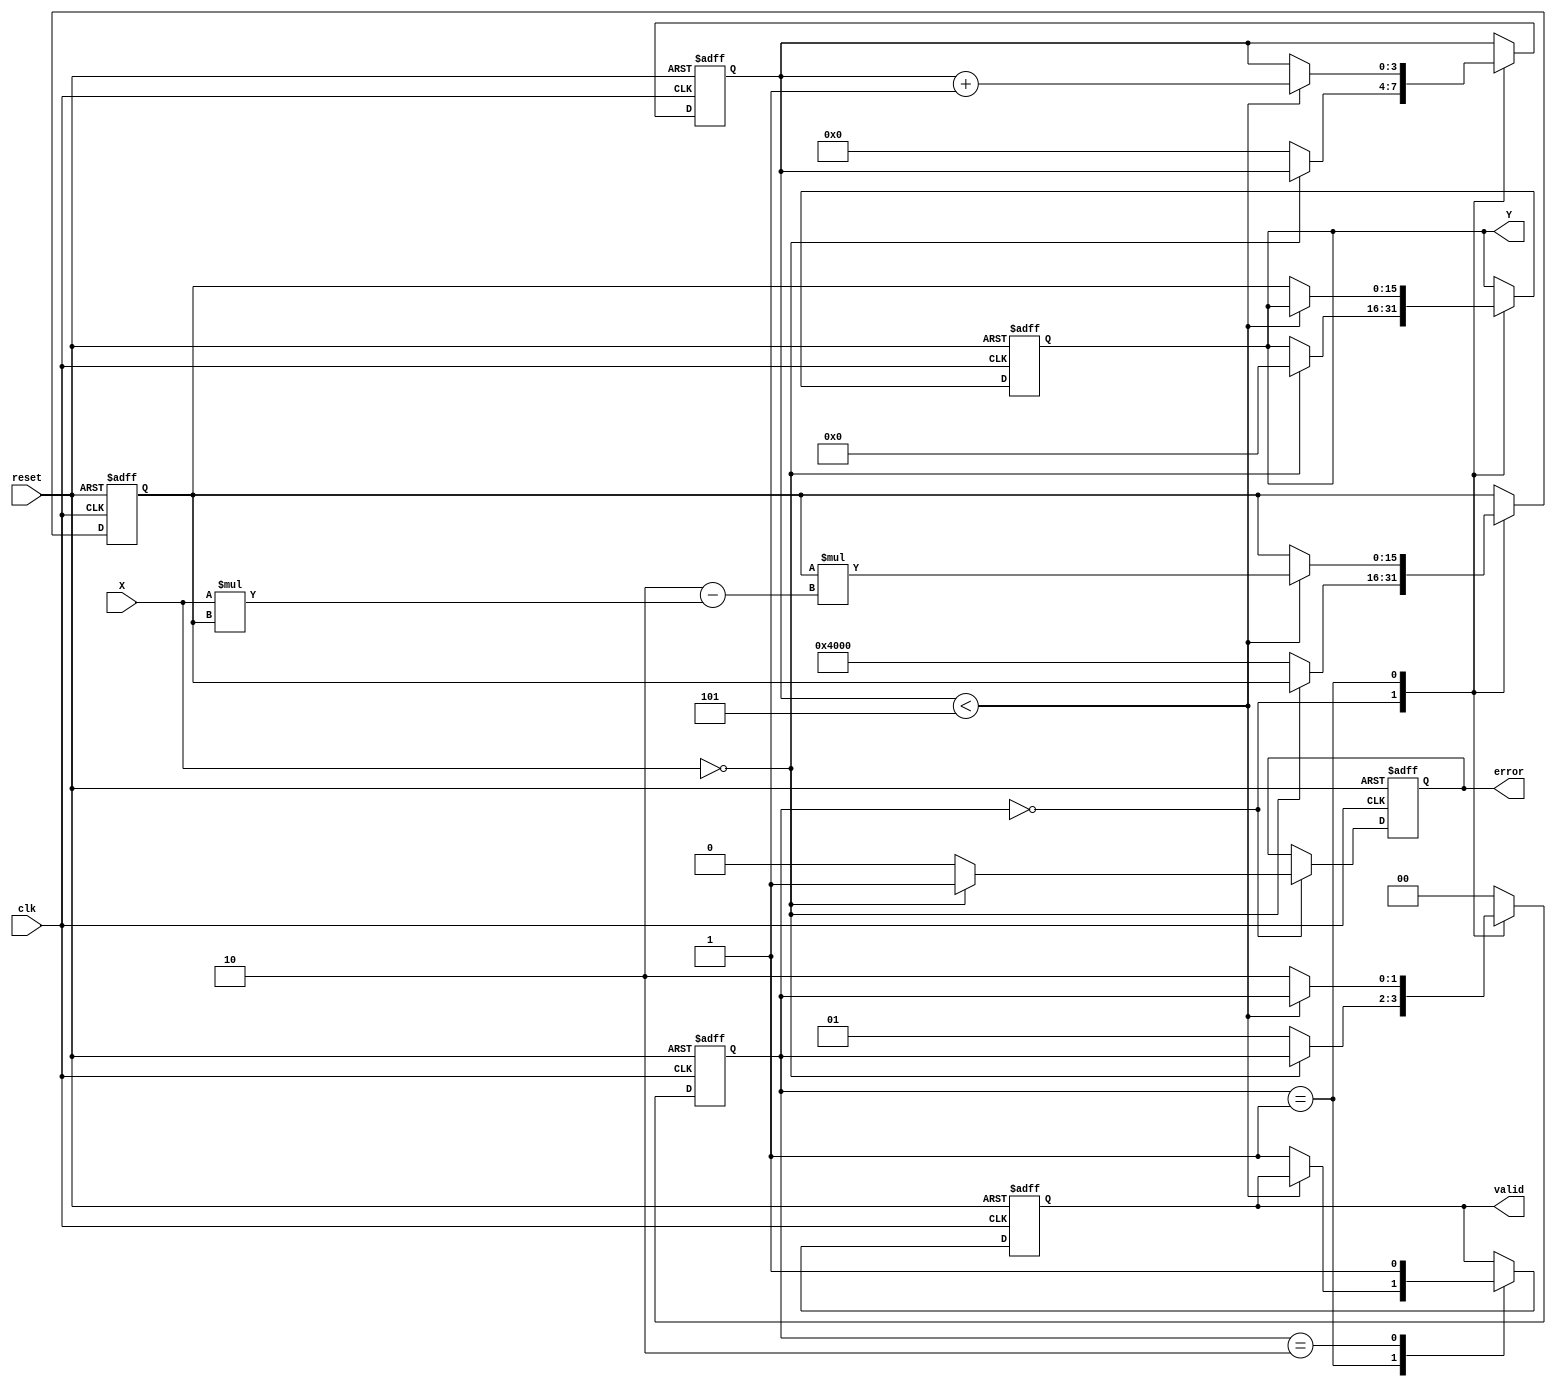
module binary_fractional_reciprocal #(
    parameter WIDTH = 16, // Fixed-point width
    parameter ITERATIONS = 5 // Number of iterations for Newton-Raphson
)(
    input wire clk,         // Clock signal
    input wire reset,       // Reset signal
    input wire [WIDTH-1:0] X, // Input data (fixed-point value)
    output reg [WIDTH-1:0] Y, // Output data (reciprocal)
    output reg valid,       // Valid signal to indicate output is ready
    output reg error        // Error signal for zero input
);

localparam STATE_IDLE = 2'b00, STATE_COMPUTE = 2'b01, STATE_OUTPUT = 2'b10;
reg [1:0] state = STATE_IDLE;
reg [WIDTH-1:0] guess;
reg [3:0] iteration_count;

always @(posedge clk or posedge reset) begin
    if (reset) begin
        state <= STATE_IDLE;
        Y <= 0;
        valid <= 0;
        error <= 0;
        guess <= 0;
        iteration_count <= 0;
    end else begin
        case (state)
            STATE_IDLE: begin
                if (X == 0) begin
                    error <= 1; // Set error flag for zero input
                    Y <= {WIDTH{1'b0}}; // Output error value, e.g., all bits zero
                end else begin
                    error <= 0;
                    guess <= {1'b0, 1'b1, {WIDTH-2{1'b0}}}; // Initial guess: 1.0
                    iteration_count <= 0;
                    state <= STATE_COMPUTE;
                end
            end
            
            STATE_COMPUTE: begin
                if (iteration_count < ITERATIONS) begin
                    guess <= guess * (2 - X * guess);
                    iteration_count <= iteration_count + 1;
                end else begin
                    Y <= guess; // Final guess is the reciprocal
                    valid <= 1; // Indicate that the output is valid
                    state <= STATE_OUTPUT;
                end
            end
            
            STATE_OUTPUT: begin
                valid <= 1; // Keep output valid, can be modified based on requirement
                state <= STATE_IDLE; // Go back to idle for next input
            end
            
            default: state <= STATE_IDLE; // Safety default
        endcase
    end
end

endmodule